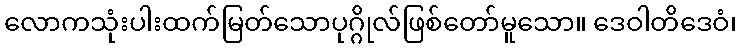
လောကသုံးပါးထက်မြတ်သောပုဂ္ဂိုလ်ဖြစ်တော်မူသော။ ဒေဝါတိဒေဝံ၊